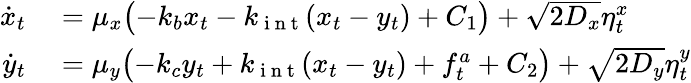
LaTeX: \begin{array}{rl}{\dot{x}_{t}}&{{}=\mu_{x}\bigl(-k_{b}x_{t}-k_{\mathrm{~i~n~t~}}(x_{t}-y_{t})+C_{1}\bigr)+\sqrt{2D_{x}}\eta_{t}^{x}}\\ {\dot{y}_{t}}&{{}=\mu_{y}\bigl(-k_{c}y_{t}+k_{\mathrm{~i~n~t~}}(x_{t}-y_{t})+f_{t}^{a}+C_{2}\bigr)+\sqrt{2D_{y}}\eta_{t}^{y}}\end{array}